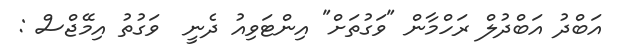
އަބްދު އަބްދުލް ރަހްމާން "ވަގުތަށް" އިންޓަވިއު ދެނީ  ވަގުތު އިމޭޖްސް :